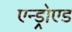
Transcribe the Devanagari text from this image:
एन्ड्रोएड